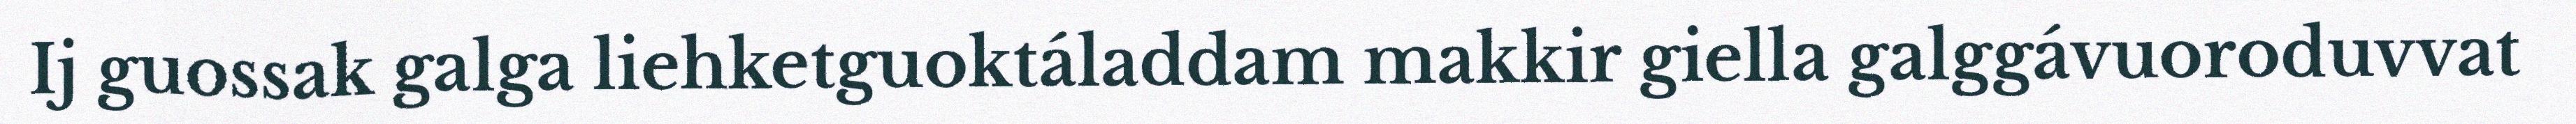
Ij guossak galga liehketguoktáladdam makkir giella galggávuoroduvvat